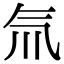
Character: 氚